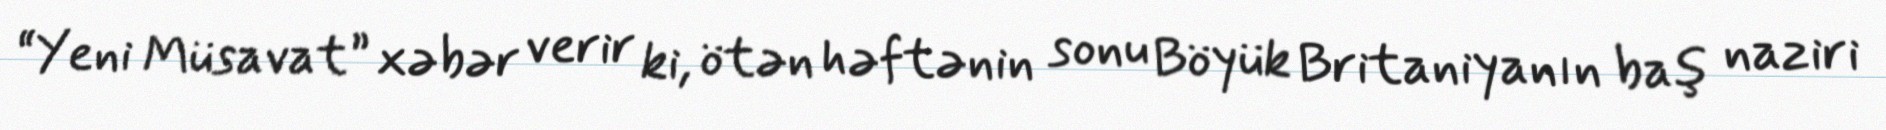
“Yeni Müsavat” xəbər verir ki, ötən həftənin sonu Böyük Britaniyanın baş naziri